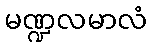
မဏ္ဍလမာလံ